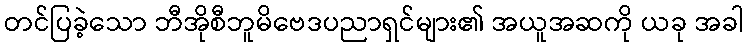
တင်ပြခဲ့သော ဘီအိုစီဘူမိဗေဒပညာရှင်များ၏ အယူအဆကို ယခု အခါ